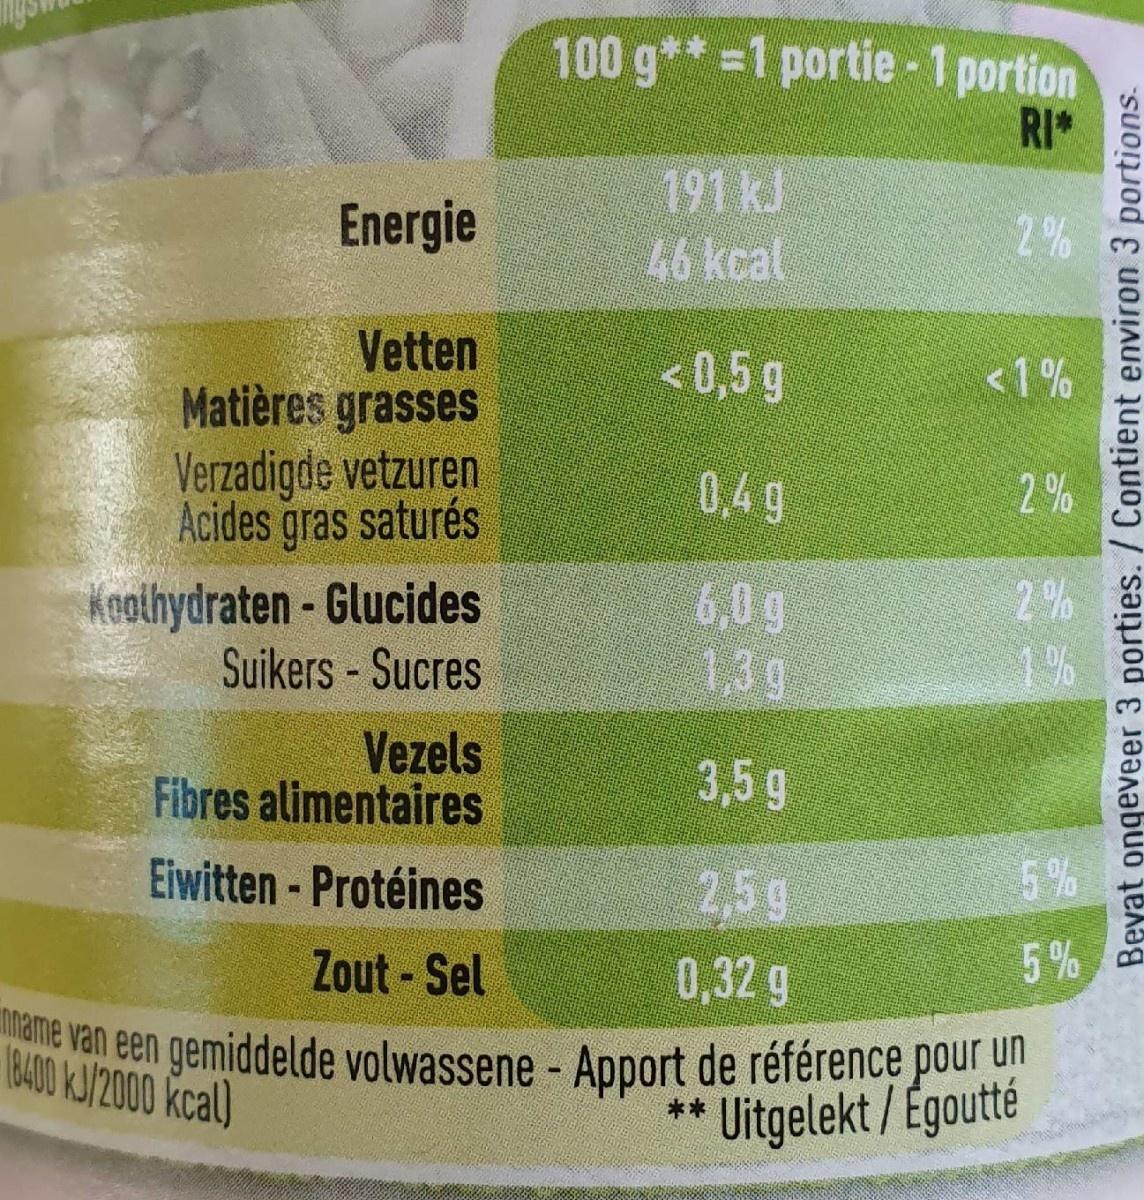
100 g**1 portie- 1 portion 2 RI 191 kJ 46 kcal Energie 2 % Vetten Matières grasses Verzadigde vetzuren Acides gras saturés <0,5 g <1% 0,49 2% Koolhydraten-Glucides Suikers -Sucres 2% 1% 6,0 g 1,3 g Vezels Fibres alimentaires 3,59 Eiwitten- Protéines 5% 2,5g 5% Zout-Sel 0,32 g mname van een gemiddelde volwassene - Apport de référence pour un 18400 kJ/2000 kcal Uitgelekt/Egoutté ** Beyat ongeveer 3 porties. / Contient environ 3 portions.